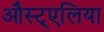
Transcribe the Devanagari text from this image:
औस्ट्एलिया